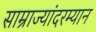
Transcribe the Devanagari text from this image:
साम्राज्यांदरम्यान